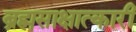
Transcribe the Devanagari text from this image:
ब्रह्मसाक्षात्कारी